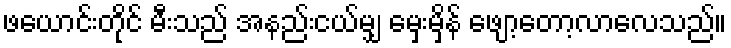
ဖယောင်းတိုင် မီးသည် အနည်းငယ်မျှ မှေးမှိန် ဖျော့တော့လာလေသည်။